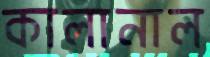
কালানাল